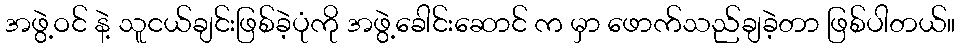
အဖွဲ့ဝင် နဲ့ သူငယ်ချင်းဖြစ်ခဲ့ပုံကို အဖွဲ့ခေါင်းဆောင် က မှာ ဖောက်သည်ချခဲ့တာ ဖြစ်ပါတယ်။